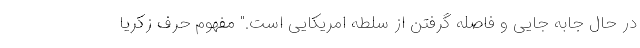
در حال جابه جایی و فاصله گرفتن از سلطه امریکایی است." مفهوم حرف زکریا